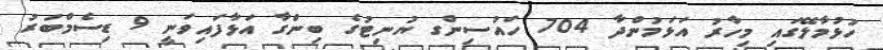
ހުޅުމާލޭގައި މިހާރު އަޅަމުންދާ 704 ހައުސިންގ ޔުނިޓުގެ ބިންގާ އަޅާފައިވަނީ 9 ޑިސެމްބަރު